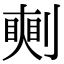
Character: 𠟰